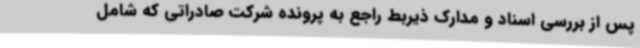
پس از بررسی اسناد و مدارک ذیربط راجع به پرونده شرکت صادراتی که شامل